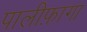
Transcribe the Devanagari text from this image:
पालीफ़ागा